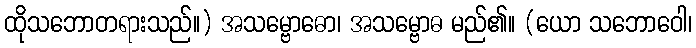
ထိုသဘောတရားသည်။) အသမ္ဗောဓော၊ အသမ္ဗောဓ မည်၏။ (ယော သဘောဝေါ၊